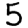
Digit: 5